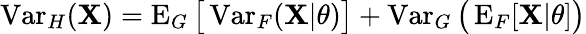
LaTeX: \operatorname{Var}_{H}(\mathbf{X})=\operatorname{E}_{G}{\bigl[}\operatorname{Var}_{F}(\mathbf{X}|\theta){\bigr]}+\operatorname{Var}_{G}{\bigl(}\operatorname{E}_{F}[\mathbf{X}|\theta]{\bigr)}